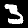
Label: 3